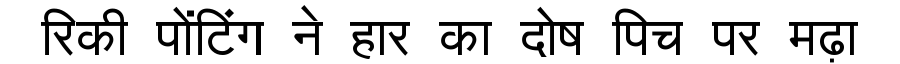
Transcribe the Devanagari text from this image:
रिकी पोंटिंग ने हार का दोष पिच पर मढ़ा